Madras plague regulations in force outside the Presidency town - Volume 2
Disease focus: Plague
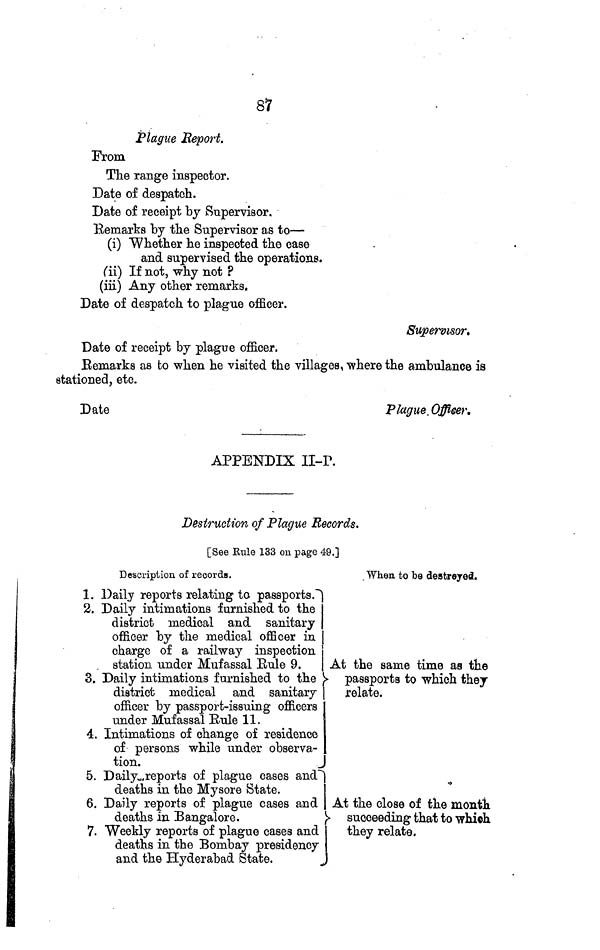
87
Plague Report.
From
The range inspector.
Date of despatch.
Date of receipt
Supervisor.
Remarks by the Supervisor as to—
(i) Whether he inspected the case
and supervised the operations,
(ii) If not, why not ?
(iii) Any other remarks.
Date of despatch to plague officer.
Supervisor
Date of receipt by plague officer.
Remarks as to when he visited the villages, where the ambulance is
stationed, etc.
Date
Plague. Officer.
APPENDIX II-P.
Destruction of Plague Records.
[See Rule 133 on page 49.]
Description of records.
When to be destroyed.
1. Daily reports relating to passports.
2. Daily intimations furnished to the
district medical and sanitary
officer by the medical officer in
charge of a railway inspection
station under Mufassal Rule 9.
At the same time as the
3. Daily intimations furnished to the
passports to which they
district medical and sanitary
relate.
officer by passport-issuing officers
under Mufassal Rule 11.
4. Intimations of change of residence
of persons while under observa-
tion.
5. Daily reports of plague cases and
deaths in the Mysore State.
6. Daily reports of plague cases and At the close of the month
deaths in Bangalore.
succeeding that to which
7. Weekly reports of plague cases and
they relate.
deaths in the Bombay presidency
and the Hyderabad State.